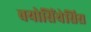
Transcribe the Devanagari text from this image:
बयोसिंथेसिस